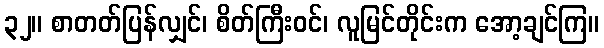
၃၂။ စာတတ်ပြန်လျှင်၊ စိတ်ကြီးဝင်၊ လူမြင်တိုင်းက အော့ချင်ကြ။